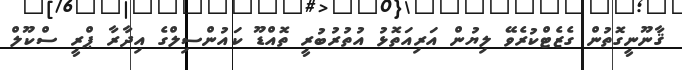
ޤާނޫނީގޮތުން ގެޒެޓްކުރެވޭ ލިޔުން އަރިއަތޮޅު އުތުރުބުރީ ތޮއްޑޫ ކައުންސިލްގެ އިދާރާ ޕްރީ ސްކޫލް